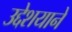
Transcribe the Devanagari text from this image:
उद्देशयाने